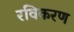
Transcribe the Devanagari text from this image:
रविकरण